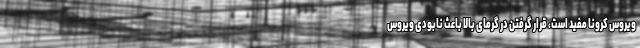
ویروس کرونا مفید است، قرار گرفتن در گرمای بالا باعث نابودی ویروس